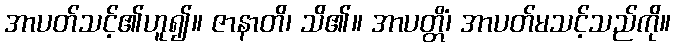
အာပတ်သင့်၏ဟူ၍။ ဇာနာတိ၊ သိ၏။ အာပတ္တိံ၊ အာပတ်မသင့်သည်ကို။